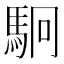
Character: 駉